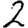
Digit: 2